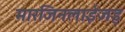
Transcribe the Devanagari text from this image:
मारजिनलाईजड्